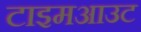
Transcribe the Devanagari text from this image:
टाइमआउट